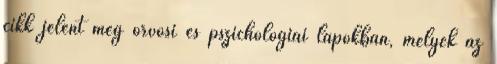
cikk jelent meg orvosi és pszichológiai lapokban, melyek az